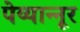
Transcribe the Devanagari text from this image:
पेय्यान्‍नूर